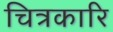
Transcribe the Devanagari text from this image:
चित्रकारि